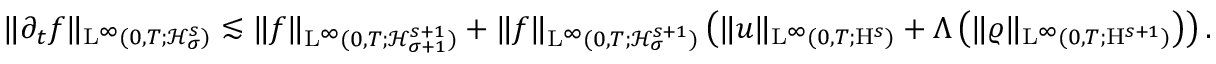
\begin{array} { r } { \Vert \partial _ { t } f \Vert _ { \mathrm { L } ^ { \infty } ( 0 , T ; \mathcal { H } _ { \sigma } ^ { s } ) } \lesssim \Vert f \Vert _ { \mathrm { L } ^ { \infty } ( 0 , T ; \mathcal { H } _ { \sigma + 1 } ^ { s + 1 } ) } + \Vert f \Vert _ { \mathrm { L } ^ { \infty } ( 0 , T ; \mathcal { H } _ { \sigma } ^ { s + 1 } ) } \left( \Vert u \Vert _ { \mathrm { L } ^ { \infty } ( 0 , T ; \mathrm { H } ^ { s } ) } + \Lambda \left( \Vert \varrho \Vert _ { \mathrm { L } ^ { \infty } ( 0 , T ; \mathrm { H } ^ { s + 1 } ) } \right) \right) . } \end{array}